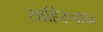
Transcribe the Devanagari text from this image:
साहिरनाच